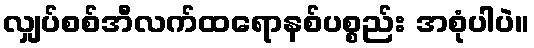
လျှပ်စစ်အီလက်ထရောနစ်ပစ္စည်း အစုံပါပဲ။